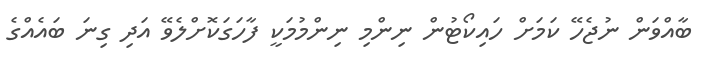
ބާއްވަން ނުޖެހޭ ކަމަށް ހައިކޯޓުން ނިންމި ނިންމުމަކީ ފާހަގަކޮށްލެވޭ އަދި ގިނަ ބައެއްގެ